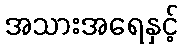
အသားအရေနှင့်